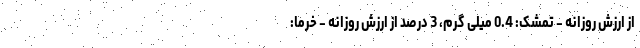
از ارزش روزانه - تمشک: 0.4 میلی گرم، 3 درصد از ارزش روزانه - خرما: